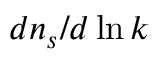
d n _ { s } / d \ln k